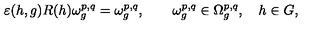
\varepsilon ( h , g ) R ( h ) \omega _ { g } ^ { p , q } = \omega _ { g } ^ { p , q } , \qquad \omega _ { g } ^ { p , q } \in \Omega _ { g } ^ { p , q } , \quad h \in G ,